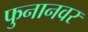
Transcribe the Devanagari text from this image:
फुनानवर